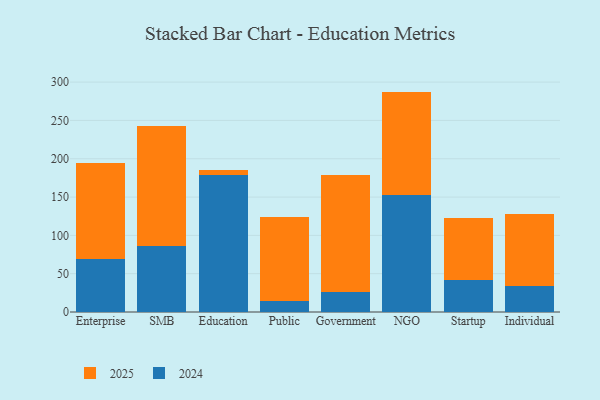
{"axis": {"x": "Segment", "y": "Customer Acquisition Cost (USD)"}, "legend": ["2024", "2025"], "data": [{"x": "Enterprise", "y": 126.1, "type": "2025"}, {"x": "Enterprise", "y": 68.9, "type": "2024"}, {"x": "SMB", "y": 156.0, "type": "2025"}, {"x": "SMB", "y": 86.2, "type": "2024"}, {"x": "Education", "y": 7.0, "type": "2025"}, {"x": "Education", "y": 178.8, "type": "2024"}, {"x": "Public", "y": 109.5, "type": "2025"}, {"x": "Public", "y": 14.4, "type": "2024"}, {"x": "Government", "y": 153.6, "type": "2025"}, {"x": "Government", "y": 25.7, "type": "2024"}, {"x": "NGO", "y": 134.8, "type": "2025"}, {"x": "NGO", "y": 152.8, "type": "2024"}, {"x": "Startup", "y": 81.4, "type": "2025"}, {"x": "Startup", "y": 41.5, "type": "2024"}, {"x": "Individual", "y": 94.1, "type": "2025"}, {"x": "Individual", "y": 33.5, "type": "2024"}]}